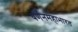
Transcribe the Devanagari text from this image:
वर्णनमहाभारत